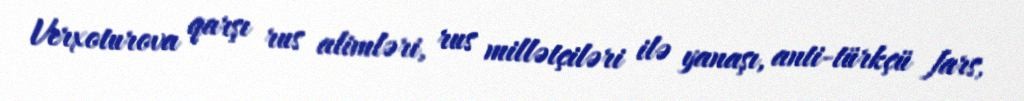
Verxoturova qarşı rus alimləri, rus millətçiləri ilə yanaşı, anti-türkçü fars,